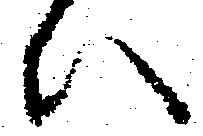
ひ